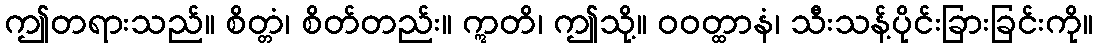
ဤတရားသည်။ စိတ္တံ၊ စိတ်တည်း။ ဣတိ၊ ဤသို့။ ဝဝတ္ထာနံ၊ သီးသန့်ပိုင်းခြားခြင်းကို။